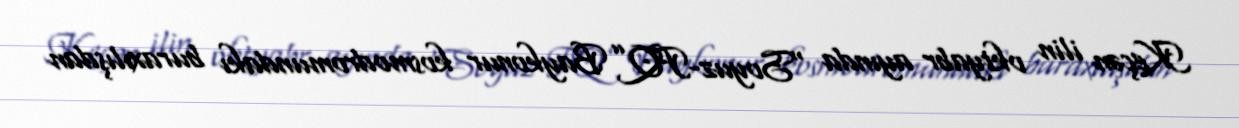
Keçən ilin oktyabr ayında “Soyuz-FQ” Baykonur kosmodromundakı buraxılışdan